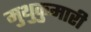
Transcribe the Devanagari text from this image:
मुथुकुमारी